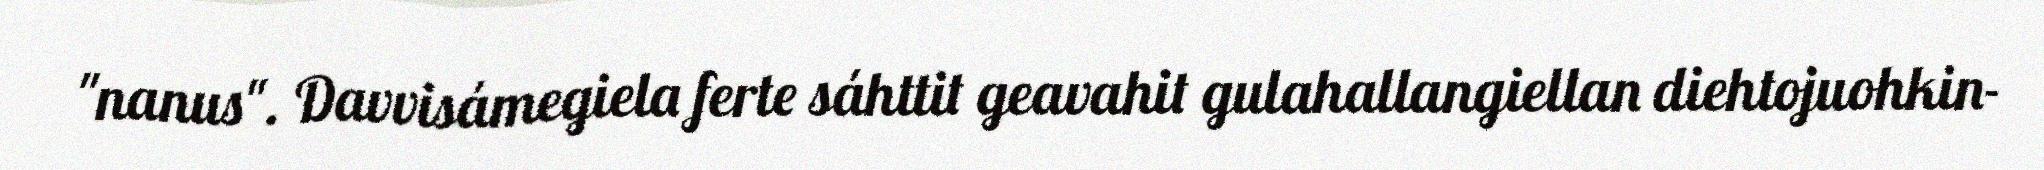
"nanus". Davvisámegiela ferte sáhttit geavahit gulahallangiellan diehtojuohkin-